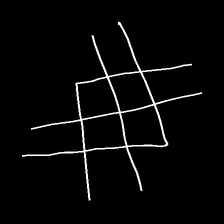
Glyph: crystal